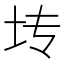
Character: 𫭞